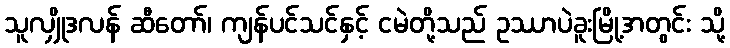
သူလျှိုဒလန် ဆီတော်၊ ကျန်ပင်သင်နှင့် ငမဲတို့သည် ဥဿာပဲခူးမြို့အတွင်း သို့